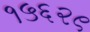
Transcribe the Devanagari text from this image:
१५६२९